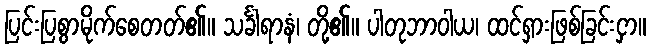
ပြင်းပြစွာမိုက်စေတတ်၏။ သင်္ခါရာနံ၊ တို့၏။ ပါတုဘာဝါယ၊ ထင်ရှားဖြစ်ခြင်းငှာ။